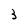
Character: B